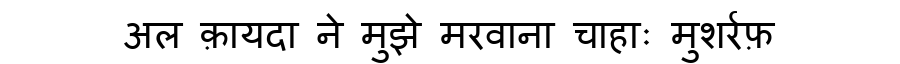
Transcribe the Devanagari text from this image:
अल क़ायदा ने मुझे मरवाना चाहाः मुशर्रफ़